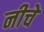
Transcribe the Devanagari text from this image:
नीचे